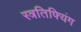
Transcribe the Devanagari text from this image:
स्त्रतिफ्यिंग